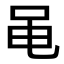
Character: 黾